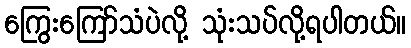
ကြွေးကြော်သံပဲလို့ သုံးသပ်လို့ရပါတယ်။